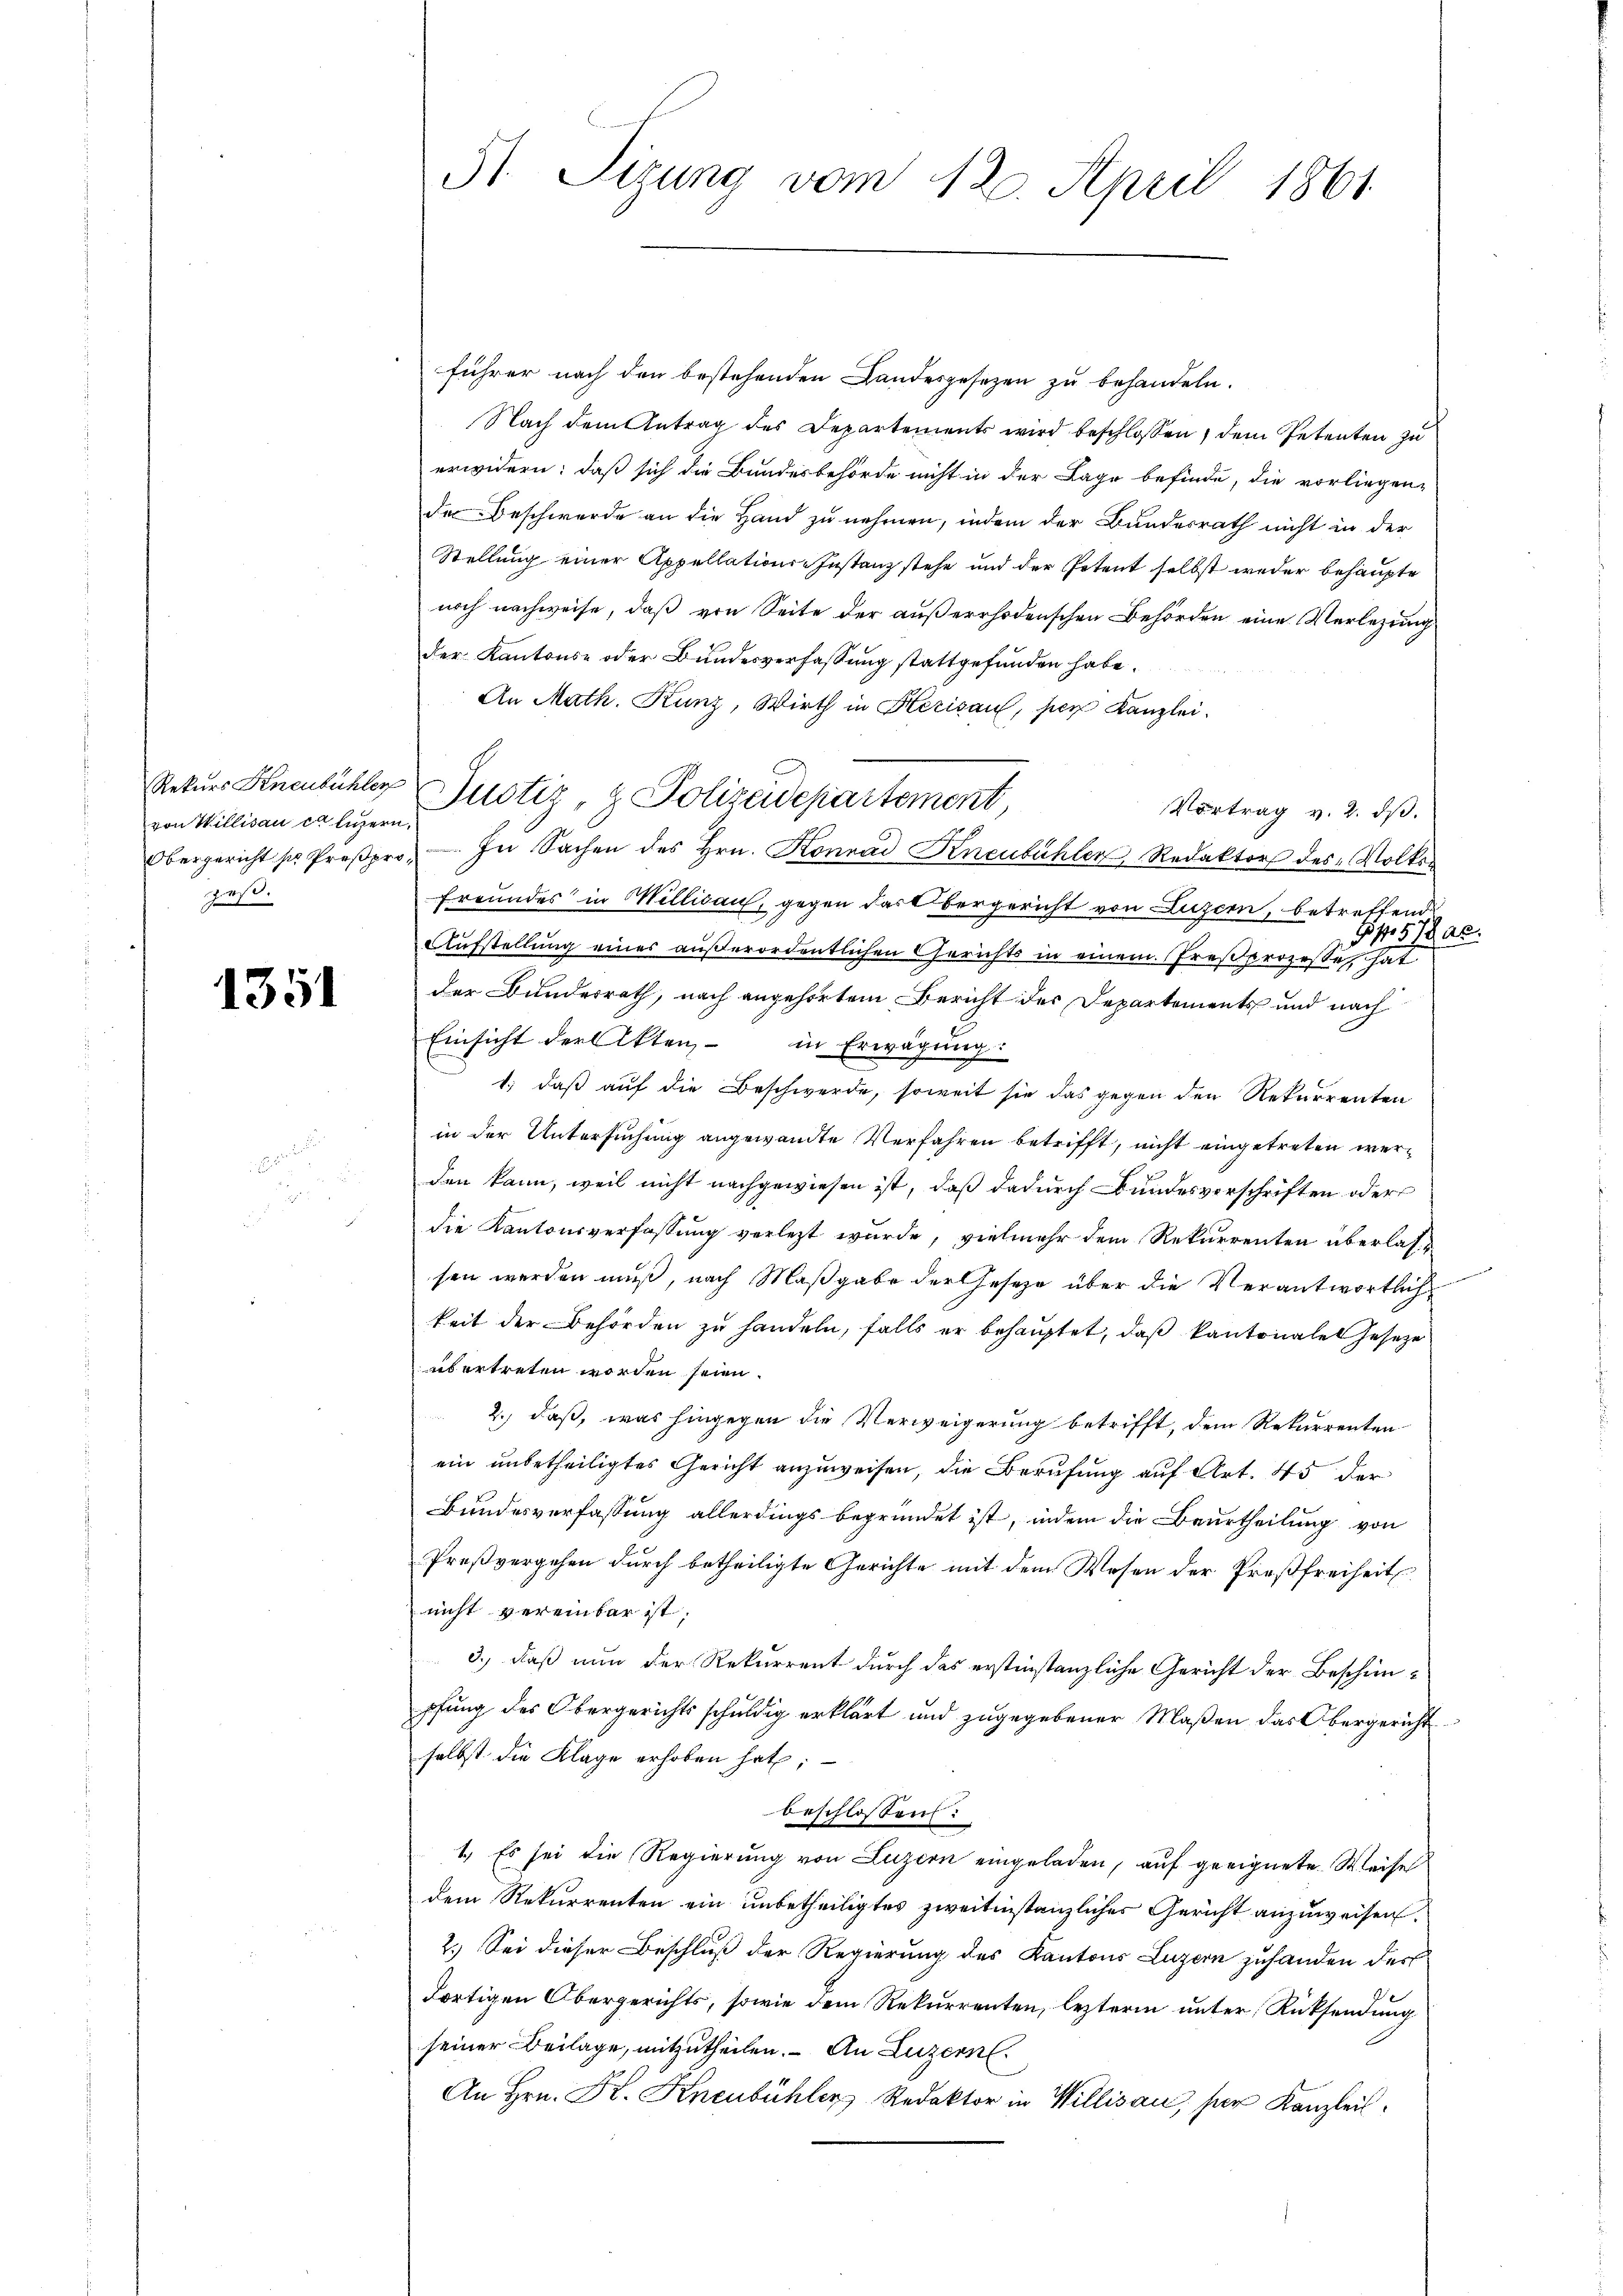
von Willisau de luzern,
geß.

1351

St Sizung vom 12. April 1861

führer nach den bestehenden Landesgesezen zu behandeln.
Nach dem Antrag des Departements wird beschlossen, dem Petenten zu
erwidern: daß sich die Bundesbehörde nicht in der Lage befinde, die vorliegen-
der Beschwerde an die Hand zu nehmen, indem der Bundesrath nicht in der
Stellung einer Appellations-Instanz stehe und der Petent selbst weder behaupte
noch nachweise, daß von Seite der außerrhodenschen Behörden eine Verlegung
der Kantons- oder Bundesverfassung stattgefunden habe.
An Math. Kunz, Wirth in Herisau, per Kanzlei.
Rekurs Knenbühler Justiz & Polizeidepartement
Vortrag v. 2. dβ.
Obergericht s. Preβpro.  In Sachen des Hrn. Konrad Kneubuhler Redaktor des Volker
Freundes in Millisau, gegen das bergericht von Luzern, betreffend
s 578.
Aufstellung eines außerordentlichen Gerichts in einem Preßprozesse hat
der Bundesrath, nach angehörtem Bericht der Departements und nach
Einsicht der Akten, in Erwägung:
1; daß auf die Beschwerde, soweit sie das gegen den Rekurrenten
in der Untersuchung angewandte Verfahren betrifft, nicht eingetreten werden kann, weil nicht nachgewiesen ist, daß dadurch Bundesverschriften oder
die Kantonsverfassung verletzt wurde, vielmehr dem Rekurrenten überlassen werden muß, nach Maßgabe der Gesetze über die Verantwortlich
keit der Behörden zu handeln, falls er behauptet, daß kantonales Geseze
übertreten worden seien.
2., daß, was hingegen die Verweigerung betrifft, dem Rekurrenten
ein unbetheiligtes Gericht anzuweisen, die Berufung auf Art. 45 der
Bundesverfassung allerdings begründet ist, indem die Beurtheilung von
Preßvergehen durch betheiligte Gerichte mit dem Wesen der Preßfreiheit.
nicht vereinbar ist.
3.) daß nun der Rekurrent durch das erstinstanzliche Gericht der Beschinpfung des Obergerichts schuldig erklärt und zugegebener Maßen das Obergericht
selbst die Klage erhoben hat;
beschlossen:
1. Es sei die Regierung von Luzern eingeladen, auf geeignete Weise
dem Rekurrenten ein unbetheiligtes zweitinstanzliches Gericht anzuweisen.
2.) Sei dieser Beschluß der Regierung des Kantons Luzern zuhanden der
Fortigen Obergerichts, sowie dem Rekurrenten, lezterm unter Rücksendung
seiner Beilage, mitzutheilen. An Luzern
An Hrn. Kr. Knenbühler Redaktor in Willisau, ser Kanzlei.